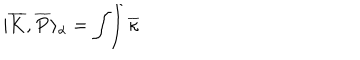
| \overline { { { K } } } , \overline { { { P } } } \rangle _ { \alpha } = \int \! \! \int \overline { { { \kappa } } }